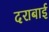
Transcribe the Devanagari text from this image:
दराबाई